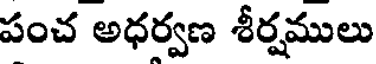
పంచ అధర్వణ శీర్షములు